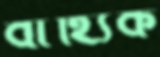
বাহ্যিক